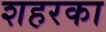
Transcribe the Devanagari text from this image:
शहरका